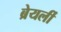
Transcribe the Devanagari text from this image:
ब्रेयर्ली